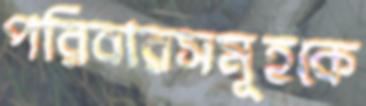
পরিবারসমূহকে